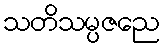
သတိသမ္ပဇညေ